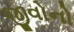
જીવોનો